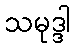
သမုဒ္ဒါ